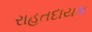
રાહતદાયક